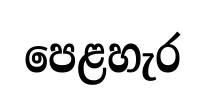
පෙළහැර